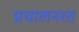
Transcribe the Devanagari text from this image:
प्रचालनरत